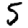
Digit: 5